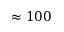
\approx 1 0 0